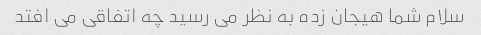
سلام شما هیجان زده به نظر می رسید چه اتفاقی می افتد